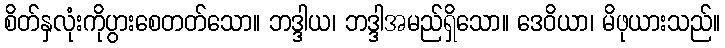
စိတ်နှလုံးကိုပွားစေတတ်သော။ ဘဒ္ဒါယ၊ ဘဒ္ဒါအမည်ရှိသော။ ဒေဝိယာ၊ မိဖုယားသည်။